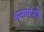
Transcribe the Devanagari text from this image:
अनार्यांशी